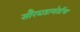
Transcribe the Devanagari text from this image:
सौरघडामोडींचा